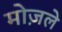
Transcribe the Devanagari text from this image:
मोज़ले